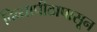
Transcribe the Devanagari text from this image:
दिव्यापीठापासून